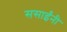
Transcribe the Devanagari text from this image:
ससाईंनी